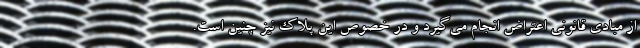
از مبادی قانونی اعتراض انجام می‌گیرد و در خصوص این پلاک نیز چنین است.